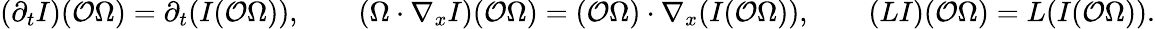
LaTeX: (\partial_{t}I)(\mathcal O\Omega)=\partial_{t}(I(\mathcal O\Omega)),\qquad(\Omega\cdot\nabla_{x}I)(\mathcal O\Omega)=(\mathcal O\Omega)\cdot\nabla_{x}(I(\mathcal O\Omega)),\qquad(LI)(\mathcal O\Omega)=L(I(\mathcal O\Omega)).